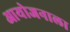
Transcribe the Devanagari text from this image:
आयोजनाला